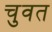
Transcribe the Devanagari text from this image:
चुवत